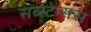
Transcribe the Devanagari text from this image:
सब्स्टेन्सस